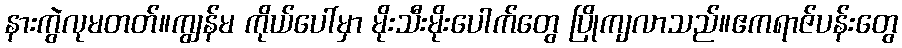
နားကွဲလုမတတ်။ကျွန်မ ကိုယ်ပေါ်မှာ မိုးသီးမိုးပေါက်တွေ ပြိုကျလာသည်။ဧကရာဇ်ပန်းတွေ